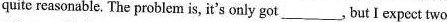
quite reasonable. The problem is, it's only got_, but I expect two